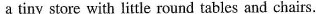
a tiny store with little round tables and chairs.